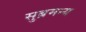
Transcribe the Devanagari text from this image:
सुब्रमन्य